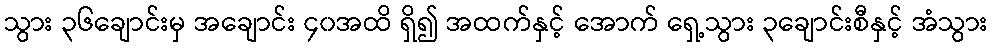
သွား ၃၆ချောင်းမှ အချောင်း ၄၀အထိ ရှိ၍ အထက်နှင့် အောက် ရှေ့သွား ၃ချောင်းစီနှင့် အံသွား